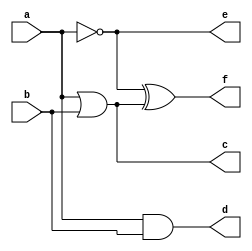
module xor_gate (output  c, d, e, f, input a, b);


or  (c, a,b);
and (d, a,b);
not (e, a);
xor (f, e,c);

endmodule